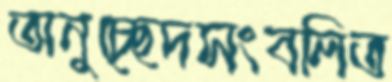
অনুচ্ছেদসংবলিত